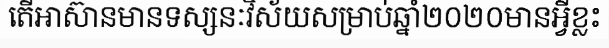
តើអាស៊ានមានទស្សនៈវិស័យសម្រាប់ឆ្នាំ២០២០មានអ្វីខ្លះ